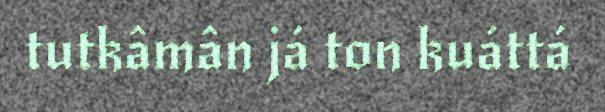
tutkâmân já ton kuáttá